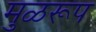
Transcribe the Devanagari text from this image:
मुळरूप